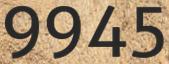
9945